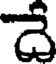
దే